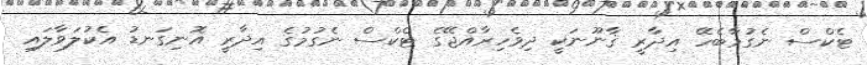
ޓެކްސް ނެގުމާބެހޭ އިދާރީ ޤާނޫނަކީ ދިވެހިރާއްޖޭގެ ޓެކްސް ނެގުމުގެ އިދާރީ އޮނިގަނޑު އެކުލަވާލައި